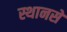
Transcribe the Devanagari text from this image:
स्थानसे